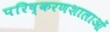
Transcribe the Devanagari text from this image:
परिष्करणशालाओं